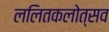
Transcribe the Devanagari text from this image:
ललितकलोत्सव